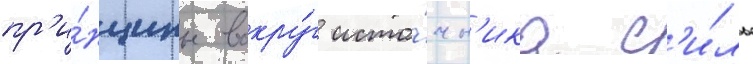
пр'и́нципы вокру́г исто́чн'ика с'и́лы